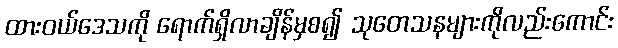
ထားဝယ်ဒေသကို ရောက်ရှိလာချိန်မှစ၍ သုတေသနများကိုလည်းကောင်း